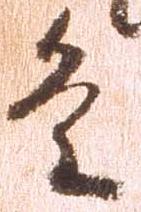
条